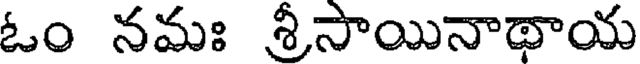
ఓం నమః శ్రీసాయినాథాయ